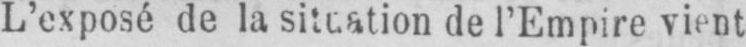
L’exposé de la situation de l’Empire vient